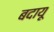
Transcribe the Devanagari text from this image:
बदायू